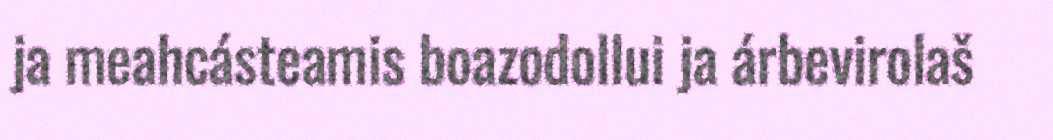
ja meahcásteamis boazodollui ja árbevirolaš